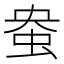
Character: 𫊭